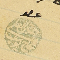
عضو حسين العلم الحاج يوسف